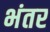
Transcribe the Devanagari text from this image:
भंतर